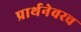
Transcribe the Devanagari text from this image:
प्रार्थनेवरच